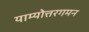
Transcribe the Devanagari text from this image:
याम्योत्तरगमन